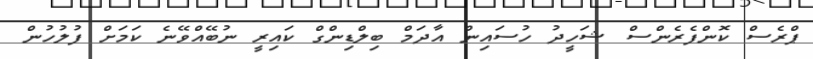
ޕްރެސް ކޮންފެރެންސް ޝަހީދު ހުސައިން އާދަމް ބިލްޑިންގް ކައިރީ ނުބޭއްވޭނެ ކަމަށް ފުލުހުން